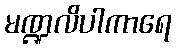
မဏ္ဍလိပါကာရေ